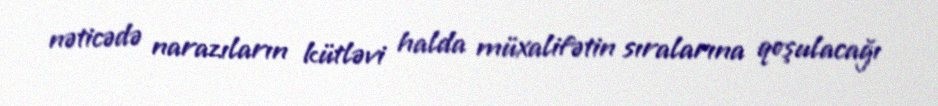
nəticədə narazıların kütləvi halda müxalifətin sıralarına qoşulacağı